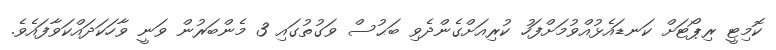
ކޮމިޓީ ރިޕޯޓަށް ކަނޑައެޅުއްވުމަށްފަހު ކުރިއަށްގެންދެވި ބަޙުސް ވަގުތުގައި 3 މެންބަރުން ވަނީ ވާހަކަދައްކަވާފައެވެ.